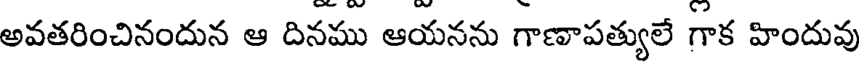
అవతరించినందున ఆ దినము ఆయనను గాణాపత్యులే గాక హిందువు